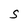
Character: S